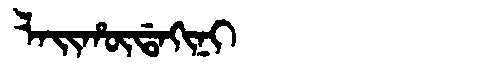
Manchu: ᠯᠠᡳᡥᡡᡩᠠᡴᡳᠨᡳ
Romanization: LAIHŪDAKINI